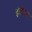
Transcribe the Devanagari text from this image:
इंटौजा